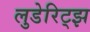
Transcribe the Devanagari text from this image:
लुडेरिट्झ